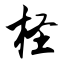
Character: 柽